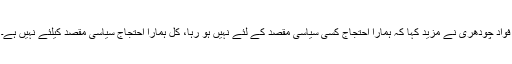
فواد چودھری نے مزید کہا کہ ہمارا احتجاج کسی سیاسی مقصد کے لئے نہیں ہو رہا، کل ہمارا احتجاج سیاسی مقصد کیلئے نہیں ہے۔